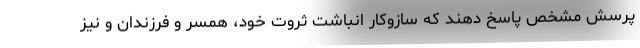
پرسش مشخص پاسخ دهند که سازوکار انباشت ثروت خود، همسر و فرزندان و نیز